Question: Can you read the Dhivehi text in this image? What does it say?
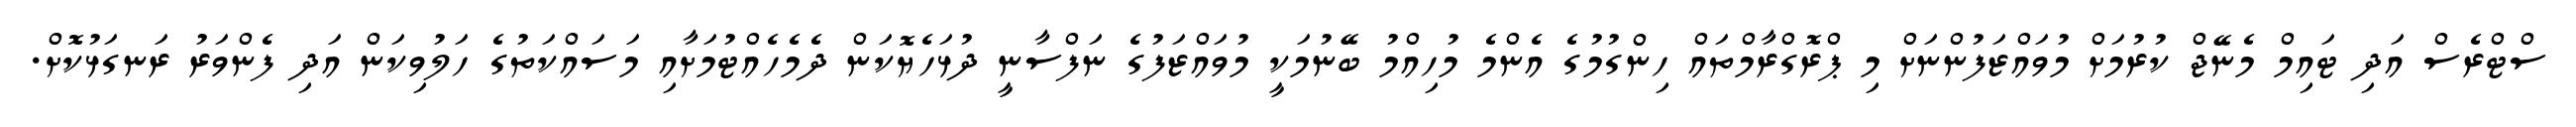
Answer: ސްޓްރެސް އަދި ޓައިމް މެނޭޖް ކުރުމަށް މުވައްޒަފުންނަށް މި ޕްރޮގްރާމްތައް ހިންގުމުގެ އެންމެ މުހިއްމު ބޭނުމަކީ މުވައްޒަފުގެ ނަފްސާނީ ދުޅަހެޔޮކަން ދެމެހެއްޓުމަށާއި މަސައްކަތުގެ ހަލުވިކަން އަދި ފެންވަރު ރަނގަޅުކޮށް.